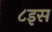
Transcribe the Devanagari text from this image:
८इस